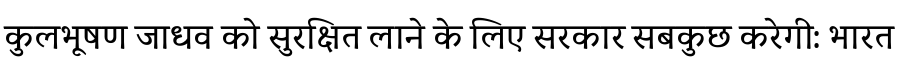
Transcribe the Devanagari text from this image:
कुलभूषण जाधव को सुरक्षित लाने के लिए सरकार सबकुछ करेगी: भारत